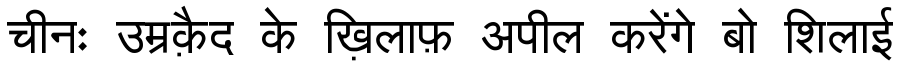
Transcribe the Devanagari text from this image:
चीनः उम्रक़ैद के ख़िलाफ़ अपील करेंगे बो शिलाई